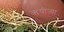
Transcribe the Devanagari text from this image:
ऋषीऱ्या